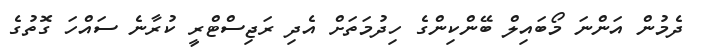
ދެމުން އަންނަ މޯބައިލް ބޭންކިންގެ ހިދުމަތަށް އެދި ރަޖިސްޓްރީ ކުރާނެ ސައްހަ ގޮތުގެ